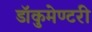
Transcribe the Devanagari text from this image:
डॉकुमेण्टरी